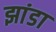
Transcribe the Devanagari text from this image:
झांडा